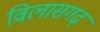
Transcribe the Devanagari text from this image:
विलासगढ़